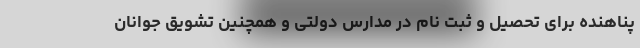
پناهنده برای تحصیل و ثبت نام در مدارس دولتی و همچنین تشویق جوانان